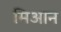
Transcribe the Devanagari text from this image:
मिआन